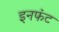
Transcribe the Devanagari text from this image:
इनफंट